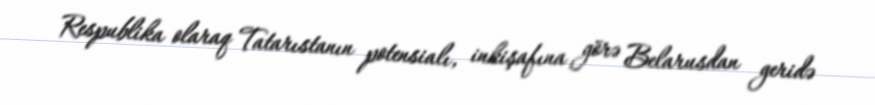
Respublika olaraq Tatarıstanın potensialı, inkişafına görə Belarusdan geridə